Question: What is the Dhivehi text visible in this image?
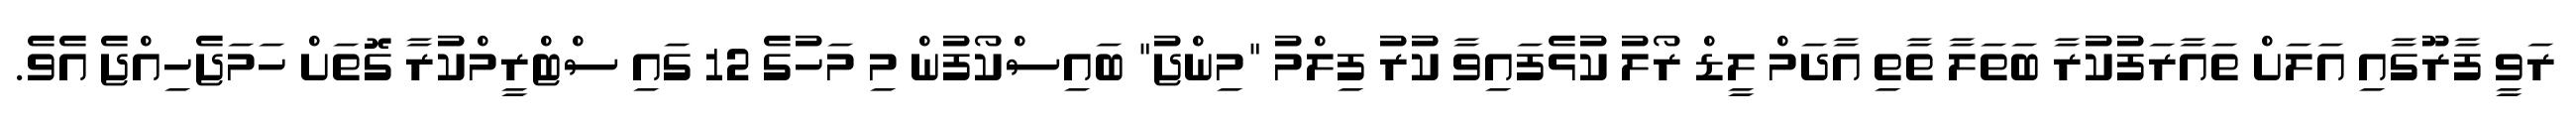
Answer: ރަވީ ފާރޫގާއި އަލަށް ތައާރަފުކުރާ ބަތަލާ ތާތި އާދަމް ލީޑް ރޯލު ކުޅެފައިވާ ކުރު ފިލްމު "މިންޖު" ބައިސްކޯފުން މި މަހުގެ 12 ގައި ސްޓްރީމްކުރާ ގޮތަށް ހަމަޖެހިއްޖެ އެވެ.